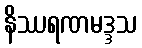
နိဿရဏမဒ္ဒသ